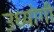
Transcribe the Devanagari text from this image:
उध्योगी